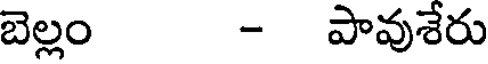
బెల్లం - పావుశేరు